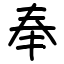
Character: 奉